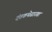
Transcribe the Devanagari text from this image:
दंतकथेसारखा